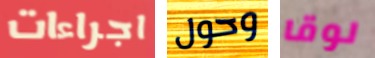
اجراءات وحول لوقا